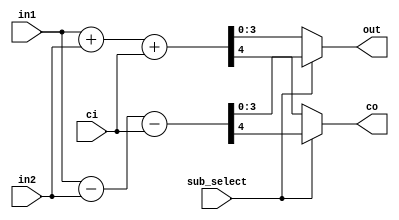
module adder_subtr_4bit (in1, in2, ci, sub_select, co, out);

input [3:0] in1, in2;
input ci;           
input sub_select;
output reg [3:0] out;
output reg co;
reg [4:0] tmp;
parameter SUB = 1'b1, ADD = 1'b0;

always @(*) begin
  if (sub_select == SUB)
   begin
   tmp = in1 - in2 - ci;
   out = tmp[3:0];
   co = tmp[4];
   end
  else 
    begin
    tmp = in1 + in2 + ci;
    out = tmp[3:0];
    co = tmp[4];
    end
end
endmodule